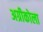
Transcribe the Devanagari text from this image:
अग्रीकोला